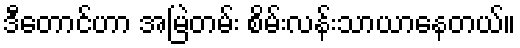
ဒီတောင်ဟာ အမြဲတမ်း စိမ်းလန်းသာယာနေတယ်။